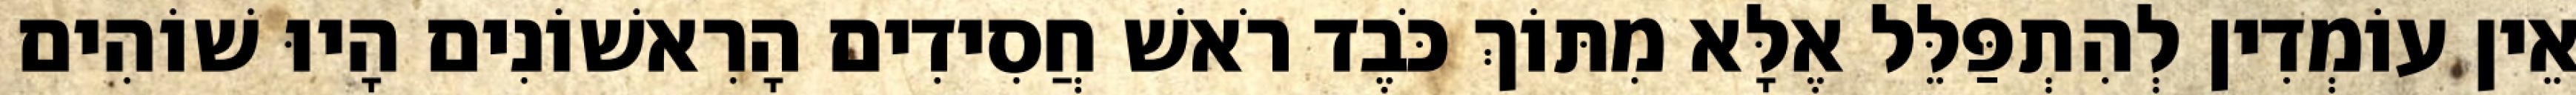
אֵין עוֹמְדִין לְהִתְפַּלֵּל אֶלָּא מִתּוֹךְ כֹּבֶד רֹאשׁ חֲסִידִים הָרִאשׁוֹנִים הָיוּ שׁוֹהִים